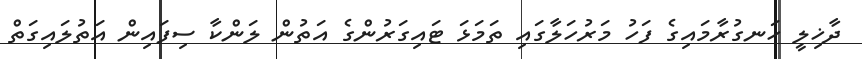
ދާޚިލީ ހަނގުރާމައިގެ ފަހު މަރުހަލާގައި ތަމަޅަ ޓައިގަރުންގެ އަތުން ލަންކާ ސިފައިން އަތުލައިގަތް